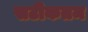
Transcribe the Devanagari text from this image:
सटीकतम